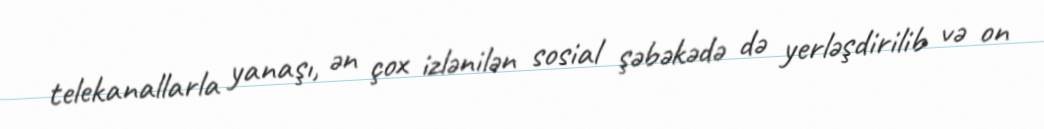
telekanallarla yanaşı, ən çox izlənilən sosial şəbəkədə də yerləşdirilib və on